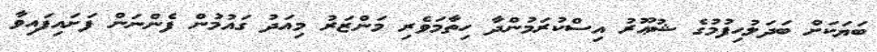
ބަޔަކަށް ބަދަލުހިފުމުގެ ޝުޢޫރު އިސްކުރަމުންދާ ހިތާމަވެރި މަންޒަރު މިއަދު ގައުމުން ފެންނަން ފަށައިފައިވާ